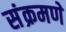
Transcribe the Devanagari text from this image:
संक्रमणे